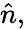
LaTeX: \hat{n},